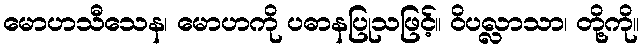
မောဟသီသေန၊ မောဟကို ပဓာနပြုသဖြင့်။ ဝိပလ္လာသာ၊ တို့ကို။